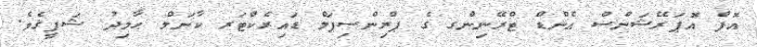
އޮފް އޮޕަރޭޝަންސް އެންޑް ޓްރޭނިންގ ގެ ޕްރިންސިޕަލް ޑައިރެކްޓަރ ކާނަލް ޙާމިދު ޝަފީޤެވެ.